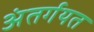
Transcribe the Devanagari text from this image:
अंतर्गयत